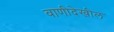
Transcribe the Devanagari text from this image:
वाणीदेखील